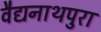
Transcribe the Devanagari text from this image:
वैद्यनाथपुरा